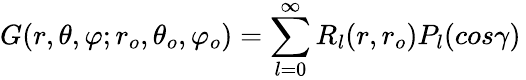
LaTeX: G(r,\theta,\varphi;r_{o},\theta_{o},\varphi_{o})=\sum_{l=0}^{\infty}R_{l}(r,r_{o})P_{l}(cos\gamma)\,